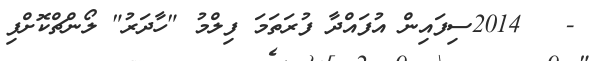
-   2014ސިފައިން އުފައްދާ ފުރަތަމަ ފިލްމު "ހާދަރު" ލޯންޗްކޮށްފި